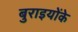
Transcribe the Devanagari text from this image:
बुराइयोंके